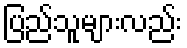
ပြည်သူများလည်း